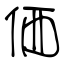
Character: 価